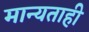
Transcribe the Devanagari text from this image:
मान्यताही